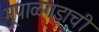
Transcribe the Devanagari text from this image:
भूपाळगडाची